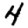
Digit: 4